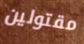
مقتولين